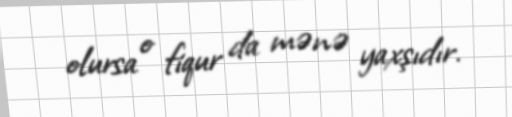
olursa o fiqur da mənə yaxşıdır.